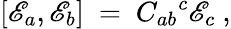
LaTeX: [\mathscr{E}_{a},\mathscr{E}_{b}]\ =\ C_{ab}{}^{c}\mathscr{E}_{c}~,